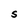
Character: S